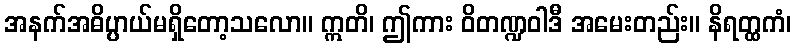
အနက်အဓိပ္ပာယ်မရှိတော့သလော။ ဣတိ၊ ဤကား ဝိတဏ္ဍဝါဒီ အမေးတည်း။ နိရတ္ထကံ၊